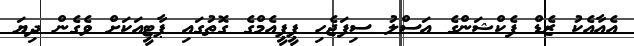
އެއާއެކު ޒެޑް ފެކްޝަންގެ އަސްލު ސިފަޖެހި ޕީޕީއެމްގެ ގޮތުގައި ޕާޓީއަކަށް ވެގެން ދިޔަ